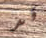
قد